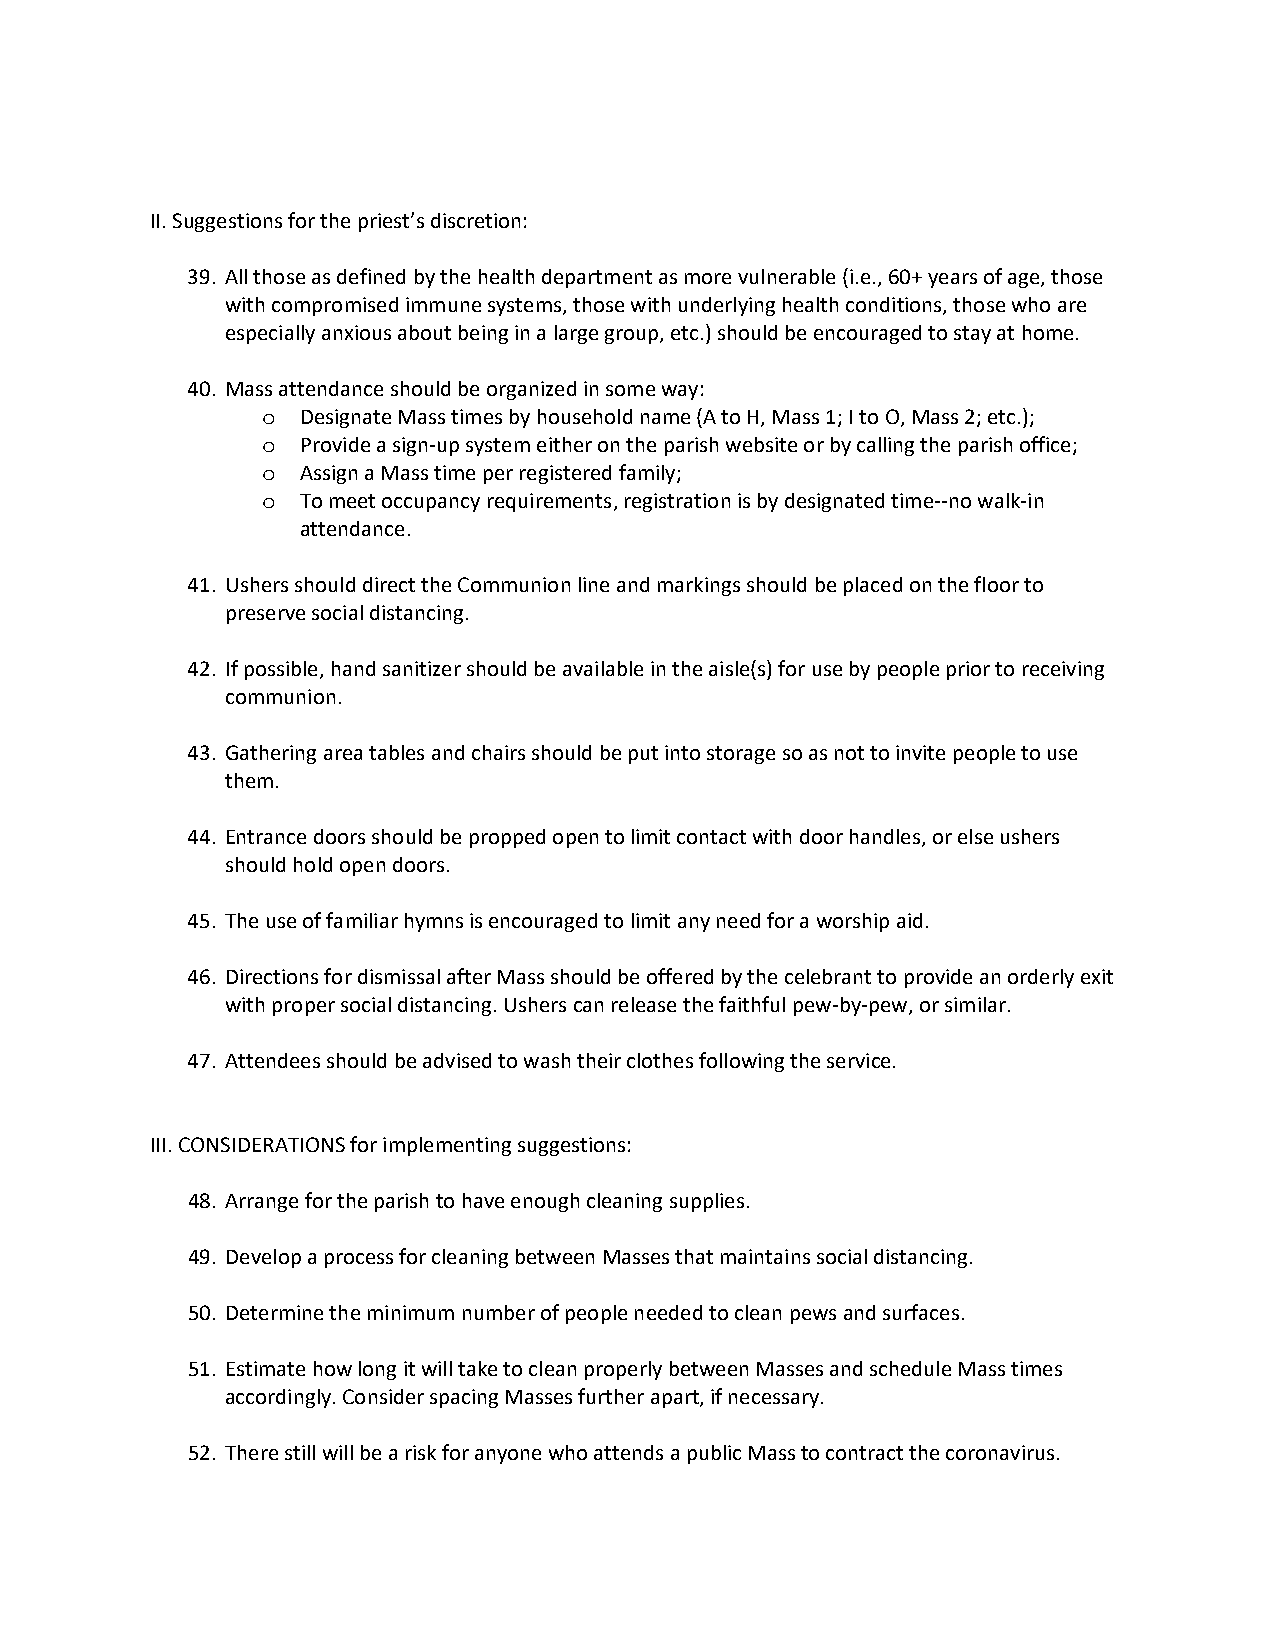
II. Suggestions for the priest’s discretion:
 39. All those as defined by the health department as more vulnerable (i.e., 60+ years of age, those
 with compromised immune systems, those with underlying health conditions, those who are
 especially anxious about being in a large group, etc.) should be encouraged to stay at home.
 40. Mass attendance should be organized in some way:
 Designate Mass times by household name (A to H, Mass 1; I to O, Mass 2; etc.);
 o
 Provide a sign-up system either on the parish website or by calling the parish office;
 o
 Assign a Mass time per registered family;
 o
 To meet occupancy requirements, registration is by designated time--no walk-in
 o
 attendance.
 41. Ushers should direct the Communion line and markings should be placed on the floor to
 preserve social distancing.
 42. If possible, hand sanitizer should be available in the aisle(s) for use by people prior to receiving
 communion.
 43. Gathering area tables and chairs should be put into storage so as not to invite people to use
 them.
 44. Entrance doors should be propped open to limit contact with door handles, or else ushers
 should hold open doors.
 45. The use of familiar hymns is encouraged to limit any need for a worship aid.
 46. Directions for dismissal after Mass should be offered by the celebrant to provide an orderly exit
 with proper social distancing. Ushers can release the faithful pew-by-pew, or similar.
 47. Attendees should be advised to wash their clothes following the service.
 III. CONSIDERATIONS for implementing suggestions:
 48. Arrange for the parish to have enough cleaning supplies.
 49. Develop a process for cleaning between Masses that maintains social distancing.
 50. Determine the minimum number of people needed to clean pews and surfaces.
 51. Estimate how long it will take to clean properly between Masses and schedule Mass times
 accordingly. Consider spacing Masses further apart, if necessary.
 52. There still will be a risk for anyone who attends a public Mass to contract the coronavirus.